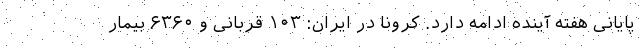
پایانی هفته آینده ادامه دارد. کرونا در ایران: ۱۰۳ قربانی و ۶۳۶۰ بیمار